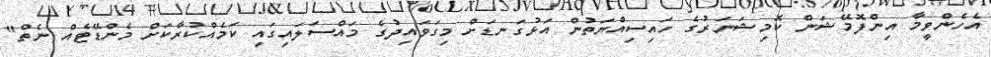
އެހެންވީމާ އިންފޮމޭޝަން ކޮމިޝަނަރުގެ ހައިސިއްޔަތުން އަޅުގަނޑަށް މިގަވައިދުގެ މައްސަލައިގައި ކަމެއްކުރާކަށް މެންޑޭޓެއް ނެތް"